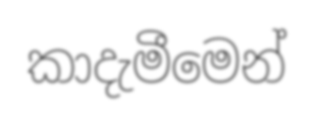
කාදැමීමෙන්